Report on the working of the Ranchi Indian Mental Hospital, Kanke, in Bihar and Orissa - 1930-1940
Year: 1930
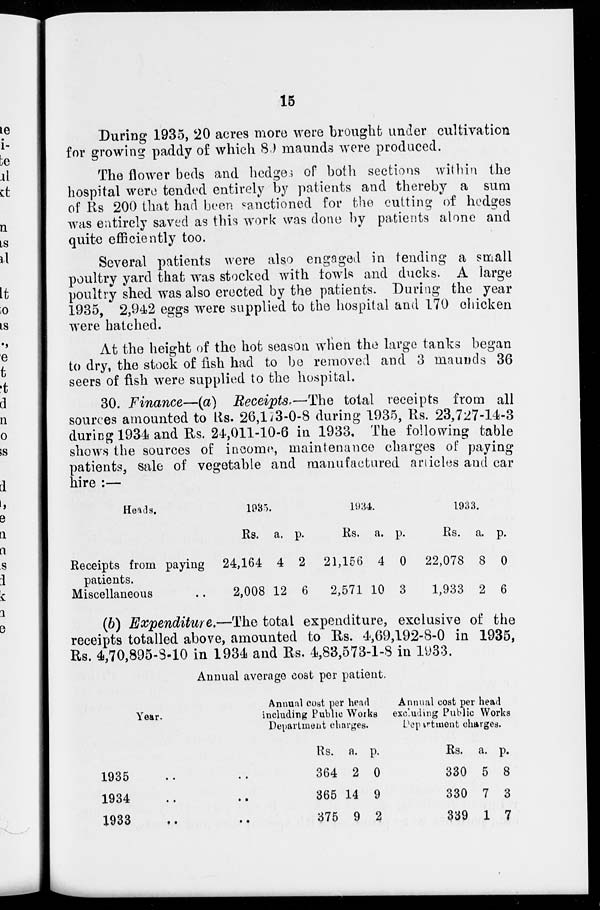
15
During 1935, 20 acres more were brought under cultivation
for growing paddy of which 89 maunds were produced.
The flower beds and hedges of both sections within the
hospital were tended entirely by patients and thereby a sum
of Rs 200 that had been sanctioned for the cutting of hedges
was entirely saved as this work was done by patients alone and
quite efficiently too.
Several patients were also engaged in tending a small
poultry yard that was stocked with fowls and ducks. A large
poultry shed was also erected by the patients. During the year
1935, 2,942 eggs were supplied to the hospital and 170 chicken
were hatched.
At the height of the hot season when the large tanks began
to dry, the stock of fish had to be removed and 3 maunds 36
seers of fish were supplied to the hospital.
30. Finance—(a)
Receipts,—The total receipts from all
sources amounted to Rs. 26,173-0-8 during 1935, Rs. 23,727-14-3
during 1934 and Rs. 24,011-10-6 in 1933. The following table
shows the sources of income, maintenance charges of paying
patients, sale of vegetable and manufactured articles and car
hire :—
Heads.
Receipts from paying
patients.
Miscellaneous
1985.
Rs.
24,164
2,008
a.
4
12
p.
2
6
1934.
Rs.
21,156
2,571
a.
4
10
p.
0
3
1933.
Rs.
22,078
1,933
a.
8
2
p.
0
6
(b) Expenditure.—The total expenditure, exclusive of the
receipts totalled above, amounted to Rs. 4,69,192-8-0 in 1935,
Rs. 4,70,895-8-10 in 1934 and Rs. 4,83,573-1-8 in 1933.
Annual average cost per patient.
Year.
1935 .. ..
1934 .. ..
1933
..
..
Annual cost per head
including Public Works
Department charges.
Rs.
364
365
375
a.
2
14
9
p.
0
9
2
Annual cost per head
excluding Public Works
Department charges.
Rs.
330
330
339
a.
5
7
1
p.
8
3
7